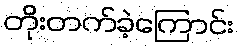
တိုးတက်ခဲ့ကြောင်း